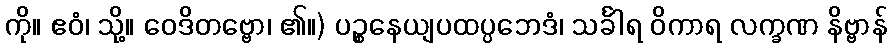
ကို။ ဧဝံ၊ သို့။ ဝေဒိတဗ္ဗော၊ ၏။) ပဉ္စနေယျပထပ္ပဘေဒံ၊ သင်္ခါရ ဝိကာရ လက္ခဏ နိဗ္ဗာန်